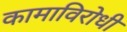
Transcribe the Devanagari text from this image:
कामाविरोधी